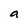
Character: a